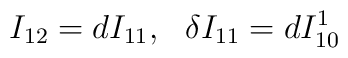
I_{12} = dI_{11},\ \ \delta I_{11} = dI^1_{10}